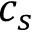
c _ { s }